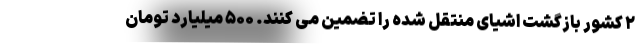
۲ کشور بازگشت اشیای منتقل شده را تضمین می کنند. ۵۰۰ میلیارد تومان